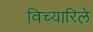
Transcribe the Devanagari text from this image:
विच्यारिले